Leaving Certificate, 1896
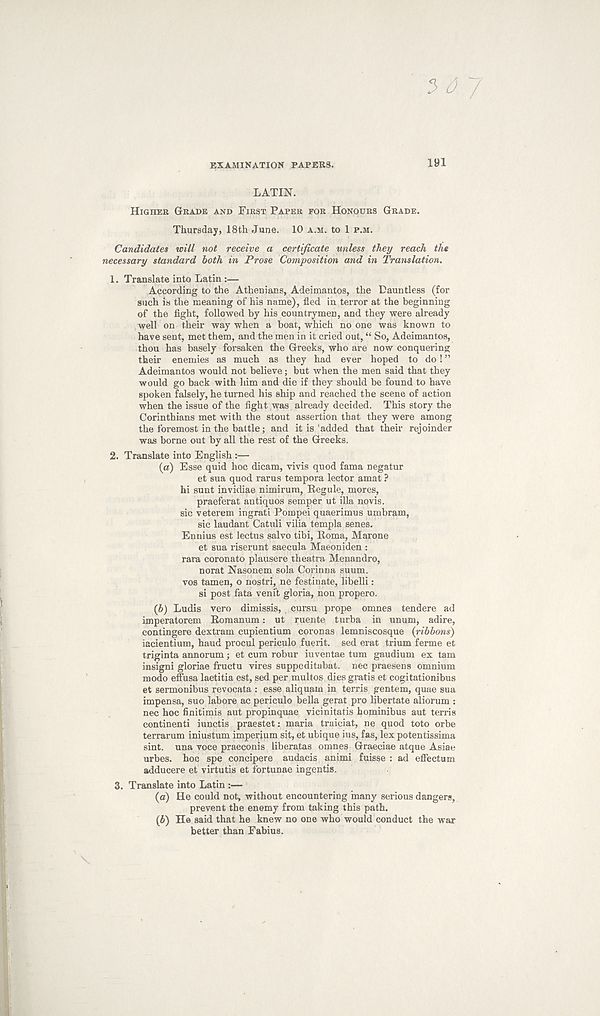
EXAMINATION PAPERS.
191
LATIN.
HIGHER GRADE AND FIRST PAPER FOR HONOURS GRADE.
Thursday, 18th June. 10 A.M. to 1 P.M.
Candidates will not receive a certificate unless they reach the
necessary standard both in Prose Composition and in Translation.
1. Translate into Latin :—
According to the Athenians, Adeimantos, the Dauntless (for
such is the meaning of his name), fled in terror at the beginning
of the fight, followed by his countrymen, and they were already
well on their way when a boat, which no one was known to
have sent, met them, and the men in it cried out, “ So, Adeimantos,
thou has basely forsaken the Greeks, who are now conquering
their enemies as much as they had ever hoped to do! ”
Adeimantos would not believe; but when the men said that they
would go back with him and die if they should be found to have
spoken falsely, he turned his ship and reached the scene of action
when the issue of the fight was already decided. This story the
Corinthians met with the stout assertion that they were among
the foremost in the battle; and it is added that their rejoinder
was borne out by all the rest of the Greeks.
2. Translate into English :—
(a) Esse quid hoc dicam, vivis quod fama negatur
et sua quod rarus tempora lector amat ?
hi sunt invidiae nimirum, Begule, mores,
praeferat antiques semper ut ilia novis.
sic veterem ingrati Pompei quaerimus umbram,
sic laudant Catuli vilia templa senes.
Ennius est lectus salvo tibi, Roma, Marone
et sua riserunt saecula Maeoniden :
rara coronato plausere theatra Menandro,
norat Nasonem sola Corinna suum.
vos tamen, o nostri, ne festinate, libelli:
si post fata veni’t gloria, non propero.
(6) Ludis vero dimissis, cursu prope omnes tendere ad
imperatorem Romanum: ut ruente turba in unum, adire,
contingere dextram cupientium coronas lemniscosque {ribbons)
iacientium, baud procul periculo fuerit. sed erat trium ferme et
triginta annorum ; et cum robur iuventae turn gaudium ex tam
insigni gloriae fructu vires suppeditabat. nec praesens omnium
modo effusa laetitia est, sed per multos dies gratis et cogitationibus
et sermonibus revocata : esse aliquam in terris gentem, quae sua
impensa, suo labore ac periculo bella gerat pro libertate aliorum :
nec hoc finitimis aut propinquae vicinitatis hominibus aut terris
continenti iunctis praestet: maria traiciat, ne quod toto orbe
terrarum iniustum imperium sit, et ubique ins, fas, lex potentissima
sint. una voce praeconis liberatas omnes Graeciae atque Asiae
urbes. hoc spe concipere audacis animi fuisse : ad effectum
adducere et virtutis et iortunae ingentis.
3.
Translate into Latin :—
(а) He could not, without encountering many serious dangers,
prevent the enemy from taking this path.
(б) He said that he knew no one who would conduct the war
better than Fabius.